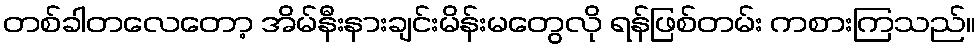
တစ်ခါတလေတော့ အိမ်နီးနားချင်းမိန်းမတွေလို ရန်ဖြစ်တမ်း ကစားကြသည်။